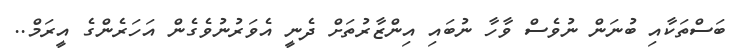
ބަސްތަކާއި ބުނަން ނުވެސް ވާހާ ނުބައި އިންޒާރުތަށް ދެނީ އެވަރުނުވެގެން އަހަރެންގެ އީރަމް..